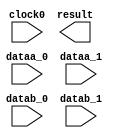
// megafunction wizard: %ALTMULT_ADD%VBB%
// GENERATION: STANDARD
// VERSION: WM1.0
// MODULE: ALTMULT_ADD 

// ============================================================
// Megafunction Name(s):
// 			ALTMULT_ADD
//
// Simulation Library Files(s):
// 			altera_mf
// ============================================================
// ************************************************************
// THIS IS A WIZARD-GENERATED FILE. DO NOT EDIT THIS FILE!
//
// 9.1 Build 222 10/21/2009 SJ Full Version
// ************************************************************

//Copyright (C) 1991-2009 Altera Corporation
//Your use of Altera Corporation's design tools, logic functions 
//and other software and tools, and its AMPP partner logic 
//functions, and any output files from any of the foregoing 
//(including device programming or simulation files), and any 
//associated documentation or information are expressly subject 
//to the terms and conditions of the Altera Program License 
//Subscription Agreement, Altera MegaCore Function License 
//Agreement, or other applicable license agreement, including, 
//without limitation, that your use is for the sole purpose of 
//programming logic devices manufactured by Altera and sold by 
//Altera or its authorized distributors.  Please refer to the 
//applicable agreement for further details.

module mult3 (
	clock0,
	dataa_0,
	dataa_1,
	datab_0,
	datab_1,
	result);

	input	  clock0;
	input	[31:0]  dataa_0;
	input	[31:0]  dataa_1;
	input	[31:0]  datab_0;
	input	[31:0]  datab_1;
	output	[63:0]  result;
`ifndef ALTERA_RESERVED_QIS
// synopsys translate_off
`endif
	tri1	  clock0;
	tri0	[31:0]  dataa_0;
	tri0	[31:0]  dataa_1;
	tri0	[31:0]  datab_0;
	tri0	[31:0]  datab_1;
`ifndef ALTERA_RESERVED_QIS
// synopsys translate_on
`endif

endmodule

// ============================================================
// CNX file retrieval info
// ============================================================
// Retrieval info: PRIVATE: ADDER1_ROUND_ACLR_SRC NUMERIC "3"
// Retrieval info: PRIVATE: ADDER1_ROUND_CLK_SRC NUMERIC "0"
// Retrieval info: PRIVATE: ADDER1_ROUND_OP STRING "Enabled"
// Retrieval info: PRIVATE: ADDER1_ROUND_PIPE_ACLR_SRC NUMERIC "3"
// Retrieval info: PRIVATE: ADDER1_ROUND_PIPE_CLK_SRC NUMERIC "0"
// Retrieval info: PRIVATE: ADDER1_ROUND_PIPE_REG STRING "1"
// Retrieval info: PRIVATE: ADDER1_ROUND_REG STRING "1"
// Retrieval info: PRIVATE: ADDER1_SAT_ACLR_SRC NUMERIC "3"
// Retrieval info: PRIVATE: ADDER1_SAT_CLK_SRC NUMERIC "0"
// Retrieval info: PRIVATE: ADDER1_SAT_OP STRING "Enabled"
// Retrieval info: PRIVATE: ADDER1_SAT_OVERFLOW_OUT NUMERIC "0"
// Retrieval info: PRIVATE: ADDER1_SAT_PIPE_ACLR_SRC NUMERIC "3"
// Retrieval info: PRIVATE: ADDER1_SAT_PIPE_CLK_SRC NUMERIC "0"
// Retrieval info: PRIVATE: ADDER1_SAT_PIPE_REG STRING "0"
// Retrieval info: PRIVATE: ADDER1_SAT_REG STRING "0"
// Retrieval info: PRIVATE: ADDER3_ROUND_ACLR_SRC NUMERIC "3"
// Retrieval info: PRIVATE: ADDER3_ROUND_CLK_SRC NUMERIC "0"
// Retrieval info: PRIVATE: ADDER3_ROUND_OP STRING "Enabled"
// Retrieval info: PRIVATE: ADDER3_ROUND_PIPE_ACLR_SRC NUMERIC "3"
// Retrieval info: PRIVATE: ADDER3_ROUND_PIPE_CLK_SRC NUMERIC "0"
// Retrieval info: PRIVATE: ADDER3_ROUND_PIPE_REG STRING "1"
// Retrieval info: PRIVATE: ADDER3_ROUND_REG STRING "1"
// Retrieval info: PRIVATE: ADDNSUB1_ACLR_SRC NUMERIC "3"
// Retrieval info: PRIVATE: ADDNSUB1_CLK_SRC NUMERIC "0"
// Retrieval info: PRIVATE: ADDNSUB1_PIPE_ACLR_SRC NUMERIC "3"
// Retrieval info: PRIVATE: ADDNSUB1_PIPE_CLK_SRC NUMERIC "0"
// Retrieval info: PRIVATE: ADDNSUB1_PIPE_REG STRING "1"
// Retrieval info: PRIVATE: ADDNSUB1_REG STRING "1"
// Retrieval info: PRIVATE: ADDNSUB3_ACLR_SRC NUMERIC "3"
// Retrieval info: PRIVATE: ADDNSUB3_CLK_SRC NUMERIC "0"
// Retrieval info: PRIVATE: ADDNSUB3_PIPE_ACLR_SRC NUMERIC "3"
// Retrieval info: PRIVATE: ADDNSUB3_PIPE_CLK_SRC NUMERIC "0"
// Retrieval info: PRIVATE: ADDNSUB3_PIPE_REG STRING "1"
// Retrieval info: PRIVATE: ADDNSUB3_REG STRING "1"
// Retrieval info: PRIVATE: ADD_ENABLE NUMERIC "0"
// Retrieval info: PRIVATE: ALL_REG_ACLR NUMERIC "0"
// Retrieval info: PRIVATE: A_ACLR_SRC_MULT0 NUMERIC "3"
// Retrieval info: PRIVATE: A_CLK_SRC_MULT0 NUMERIC "0"
// Retrieval info: PRIVATE: B_ACLR_SRC_MULT0 NUMERIC "3"
// Retrieval info: PRIVATE: B_CLK_SRC_MULT0 NUMERIC "0"
// Retrieval info: PRIVATE: HAS_MAC STRING "0"
// Retrieval info: PRIVATE: HAS_SAT_ROUND STRING "0"
// Retrieval info: PRIVATE: IMPL_STYLE_DEDICATED NUMERIC "0"
// Retrieval info: PRIVATE: IMPL_STYLE_DEFAULT NUMERIC "1"
// Retrieval info: PRIVATE: IMPL_STYLE_LCELL NUMERIC "0"
// Retrieval info: PRIVATE: INTENDED_DEVICE_FAMILY STRING "Stratix II"
// Retrieval info: PRIVATE: MULT01_ROUND_ACLR_SRC NUMERIC "3"
// Retrieval info: PRIVATE: MULT01_ROUND_CLK_SRC NUMERIC "0"
// Retrieval info: PRIVATE: MULT01_ROUND_OP STRING "Enabled"
// Retrieval info: PRIVATE: MULT01_ROUND_PIPE_ACLR_SRC NUMERIC "3"
// Retrieval info: PRIVATE: MULT01_ROUND_PIPE_CLK_SRC NUMERIC "0"
// Retrieval info: PRIVATE: MULT01_ROUND_PIPE_REG STRING "0"
// Retrieval info: PRIVATE: MULT01_ROUND_REG STRING "1"
// Retrieval info: PRIVATE: MULT01_SAT_ACLR_SRC NUMERIC "3"
// Retrieval info: PRIVATE: MULT01_SAT_CLK_SRC NUMERIC "0"
// Retrieval info: PRIVATE: MULT01_SAT_OP STRING "Enabled"
// Retrieval info: PRIVATE: MULT01_SAT_PIPE_ACLR_SRC NUMERIC "3"
// Retrieval info: PRIVATE: MULT01_SAT_PIPE_CLK_SRC NUMERIC "0"
// Retrieval info: PRIVATE: MULT01_SAT_PIPE_REG STRING "0"
// Retrieval info: PRIVATE: MULT01_SAT_REG STRING "1"
// Retrieval info: PRIVATE: MULT0_SAT_OVERFLOW_OUT NUMERIC "0"
// Retrieval info: PRIVATE: MULT1_SAT_OVERFLOW_OUT NUMERIC "0"
// Retrieval info: PRIVATE: MULT23_ROUND_ACLR_SRC NUMERIC "3"
// Retrieval info: PRIVATE: MULT23_ROUND_CLK_SRC NUMERIC "0"
// Retrieval info: PRIVATE: MULT23_ROUND_OP STRING "Enabled"
// Retrieval info: PRIVATE: MULT23_ROUND_PIPE_ACLR_SRC NUMERIC "3"
// Retrieval info: PRIVATE: MULT23_ROUND_PIPE_CLK_SRC NUMERIC "0"
// Retrieval info: PRIVATE: MULT23_ROUND_PIPE_REG STRING "0"
// Retrieval info: PRIVATE: MULT23_ROUND_REG STRING "1"
// Retrieval info: PRIVATE: MULT23_SAT_ACLR_SRC NUMERIC "3"
// Retrieval info: PRIVATE: MULT23_SAT_CLK_SRC NUMERIC "0"
// Retrieval info: PRIVATE: MULT23_SAT_OP STRING "Enabled"
// Retrieval info: PRIVATE: MULT23_SAT_PIPE_ACLR_SRC NUMERIC "3"
// Retrieval info: PRIVATE: MULT23_SAT_PIPE_CLK_SRC NUMERIC "0"
// Retrieval info: PRIVATE: MULT23_SAT_PIPE_REG STRING "0"
// Retrieval info: PRIVATE: MULT23_SAT_REG STRING "1"
// Retrieval info: PRIVATE: MULT2_SAT_OVERFLOW_OUT NUMERIC "0"
// Retrieval info: PRIVATE: MULT3_SAT_OVERFLOW_OUT NUMERIC "0"
// Retrieval info: PRIVATE: MULT_REGA0 NUMERIC "1"
// Retrieval info: PRIVATE: MULT_REGB0 NUMERIC "1"
// Retrieval info: PRIVATE: MULT_REGOUT0 NUMERIC "1"
// Retrieval info: PRIVATE: NUM_MULT STRING "2"
// Retrieval info: PRIVATE: OP1 STRING "Add"
// Retrieval info: PRIVATE: OP3 STRING "Add"
// Retrieval info: PRIVATE: OUTPUT_EXTRA_LAT NUMERIC "0"
// Retrieval info: PRIVATE: OUTPUT_REG_ACLR_SRC NUMERIC "3"
// Retrieval info: PRIVATE: OUTPUT_REG_CLK_SRC NUMERIC "0"
// Retrieval info: PRIVATE: Q_ACLR_SRC_MULT0 NUMERIC "3"
// Retrieval info: PRIVATE: Q_CLK_SRC_MULT0 NUMERIC "0"
// Retrieval info: PRIVATE: REG_OUT NUMERIC "1"
// Retrieval info: PRIVATE: RNFORMAT STRING "64"
// Retrieval info: PRIVATE: RQFORMAT STRING "Q1.15"
// Retrieval info: PRIVATE: RTS_WIDTH STRING "64"
// Retrieval info: PRIVATE: SAME_CONFIG NUMERIC "1"
// Retrieval info: PRIVATE: SAME_CONTROL_SRC_A0 NUMERIC "1"
// Retrieval info: PRIVATE: SAME_CONTROL_SRC_B0 NUMERIC "1"
// Retrieval info: PRIVATE: SCANOUTA NUMERIC "0"
// Retrieval info: PRIVATE: SCANOUTB NUMERIC "0"
// Retrieval info: PRIVATE: SHIFTOUTA_ACLR_SRC NUMERIC "3"
// Retrieval info: PRIVATE: SHIFTOUTA_CLK_SRC NUMERIC "0"
// Retrieval info: PRIVATE: SHIFTOUTA_REG STRING "0"
// Retrieval info: PRIVATE: SIGNA STRING "Signed"
// Retrieval info: PRIVATE: SIGNA_ACLR_SRC NUMERIC "3"
// Retrieval info: PRIVATE: SIGNA_CLK_SRC NUMERIC "0"
// Retrieval info: PRIVATE: SIGNA_PIPE_ACLR_SRC NUMERIC "3"
// Retrieval info: PRIVATE: SIGNA_PIPE_CLK_SRC NUMERIC "0"
// Retrieval info: PRIVATE: SIGNA_PIPE_REG STRING "1"
// Retrieval info: PRIVATE: SIGNA_REG STRING "1"
// Retrieval info: PRIVATE: SIGNB STRING "Signed"
// Retrieval info: PRIVATE: SIGNB_ACLR_SRC NUMERIC "3"
// Retrieval info: PRIVATE: SIGNB_CLK_SRC NUMERIC "0"
// Retrieval info: PRIVATE: SIGNB_PIPE_ACLR_SRC NUMERIC "3"
// Retrieval info: PRIVATE: SIGNB_PIPE_CLK_SRC NUMERIC "0"
// Retrieval info: PRIVATE: SIGNB_PIPE_REG STRING "1"
// Retrieval info: PRIVATE: SIGNB_REG STRING "1"
// Retrieval info: PRIVATE: SRCA0 STRING "Multiplier input"
// Retrieval info: PRIVATE: SRCB0 STRING "Multiplier input"
// Retrieval info: PRIVATE: SYNTH_WRAPPER_GEN_POSTFIX STRING "0"
// Retrieval info: PRIVATE: WIDTHA STRING "32"
// Retrieval info: PRIVATE: WIDTHB STRING "32"
// Retrieval info: LIBRARY: altera_mf altera_mf.altera_mf_components.all
// Retrieval info: CONSTANT: ADDNSUB_MULTIPLIER_ACLR1 STRING "UNUSED"
// Retrieval info: CONSTANT: ADDNSUB_MULTIPLIER_PIPELINE_ACLR1 STRING "UNUSED"
// Retrieval info: CONSTANT: ADDNSUB_MULTIPLIER_PIPELINE_REGISTER1 STRING "CLOCK0"
// Retrieval info: CONSTANT: ADDNSUB_MULTIPLIER_REGISTER1 STRING "CLOCK0"
// Retrieval info: CONSTANT: DEDICATED_MULTIPLIER_CIRCUITRY STRING "AUTO"
// Retrieval info: CONSTANT: INPUT_ACLR_A0 STRING "UNUSED"
// Retrieval info: CONSTANT: INPUT_ACLR_A1 STRING "UNUSED"
// Retrieval info: CONSTANT: INPUT_ACLR_B0 STRING "UNUSED"
// Retrieval info: CONSTANT: INPUT_ACLR_B1 STRING "UNUSED"
// Retrieval info: CONSTANT: INPUT_REGISTER_A0 STRING "CLOCK0"
// Retrieval info: CONSTANT: INPUT_REGISTER_A1 STRING "CLOCK0"
// Retrieval info: CONSTANT: INPUT_REGISTER_B0 STRING "CLOCK0"
// Retrieval info: CONSTANT: INPUT_REGISTER_B1 STRING "CLOCK0"
// Retrieval info: CONSTANT: INPUT_SOURCE_A0 STRING "DATAA"
// Retrieval info: CONSTANT: INPUT_SOURCE_A1 STRING "DATAA"
// Retrieval info: CONSTANT: INPUT_SOURCE_B0 STRING "DATAB"
// Retrieval info: CONSTANT: INPUT_SOURCE_B1 STRING "DATAB"
// Retrieval info: CONSTANT: INTENDED_DEVICE_FAMILY STRING "Stratix II"
// Retrieval info: CONSTANT: LPM_TYPE STRING "altmult_add"
// Retrieval info: CONSTANT: MULTIPLIER1_DIRECTION STRING "ADD"
// Retrieval info: CONSTANT: MULTIPLIER_ACLR0 STRING "UNUSED"
// Retrieval info: CONSTANT: MULTIPLIER_ACLR1 STRING "UNUSED"
// Retrieval info: CONSTANT: MULTIPLIER_REGISTER0 STRING "CLOCK0"
// Retrieval info: CONSTANT: MULTIPLIER_REGISTER1 STRING "CLOCK0"
// Retrieval info: CONSTANT: NUMBER_OF_MULTIPLIERS NUMERIC "2"
// Retrieval info: CONSTANT: OUTPUT_ACLR STRING "UNUSED"
// Retrieval info: CONSTANT: OUTPUT_REGISTER STRING "CLOCK0"
// Retrieval info: CONSTANT: PORT_ADDNSUB1 STRING "PORT_UNUSED"
// Retrieval info: CONSTANT: PORT_SIGNA STRING "PORT_UNUSED"
// Retrieval info: CONSTANT: PORT_SIGNB STRING "PORT_UNUSED"
// Retrieval info: CONSTANT: REPRESENTATION_A STRING "SIGNED"
// Retrieval info: CONSTANT: REPRESENTATION_B STRING "SIGNED"
// Retrieval info: CONSTANT: SIGNED_ACLR_A STRING "UNUSED"
// Retrieval info: CONSTANT: SIGNED_ACLR_B STRING "UNUSED"
// Retrieval info: CONSTANT: SIGNED_PIPELINE_ACLR_A STRING "UNUSED"
// Retrieval info: CONSTANT: SIGNED_PIPELINE_ACLR_B STRING "UNUSED"
// Retrieval info: CONSTANT: SIGNED_PIPELINE_REGISTER_A STRING "CLOCK0"
// Retrieval info: CONSTANT: SIGNED_PIPELINE_REGISTER_B STRING "CLOCK0"
// Retrieval info: CONSTANT: SIGNED_REGISTER_A STRING "CLOCK0"
// Retrieval info: CONSTANT: SIGNED_REGISTER_B STRING "CLOCK0"
// Retrieval info: CONSTANT: WIDTH_A NUMERIC "32"
// Retrieval info: CONSTANT: WIDTH_B NUMERIC "32"
// Retrieval info: CONSTANT: WIDTH_RESULT NUMERIC "64"
// Retrieval info: USED_PORT: clock0 0 0 0 0 INPUT VCC "clock0"
// Retrieval info: USED_PORT: dataa_0 0 0 32 0 INPUT GND "dataa_0[31..0]"
// Retrieval info: USED_PORT: dataa_1 0 0 32 0 INPUT GND "dataa_1[31..0]"
// Retrieval info: USED_PORT: datab_0 0 0 32 0 INPUT GND "datab_0[31..0]"
// Retrieval info: USED_PORT: datab_1 0 0 32 0 INPUT GND "datab_1[31..0]"
// Retrieval info: USED_PORT: result 0 0 64 0 OUTPUT GND "result[63..0]"
// Retrieval info: CONNECT: @datab 0 0 32 32 datab_1 0 0 32 0
// Retrieval info: CONNECT: @clock0 0 0 0 0 clock0 0 0 0 0
// Retrieval info: CONNECT: result 0 0 64 0 @result 0 0 64 0
// Retrieval info: CONNECT: @dataa 0 0 32 0 dataa_0 0 0 32 0
// Retrieval info: CONNECT: @dataa 0 0 32 32 dataa_1 0 0 32 0
// Retrieval info: CONNECT: @datab 0 0 32 0 datab_0 0 0 32 0
// Retrieval info: GEN_FILE: TYPE_NORMAL mult3.v TRUE
// Retrieval info: GEN_FILE: TYPE_NORMAL mult3.inc FALSE
// Retrieval info: GEN_FILE: TYPE_NORMAL mult3.cmp FALSE
// Retrieval info: GEN_FILE: TYPE_NORMAL mult3.bsf FALSE
// Retrieval info: GEN_FILE: TYPE_NORMAL mult3_inst.v FALSE
// Retrieval info: GEN_FILE: TYPE_NORMAL mult3_bb.v TRUE
// Retrieval info: LIB_FILE: altera_mf